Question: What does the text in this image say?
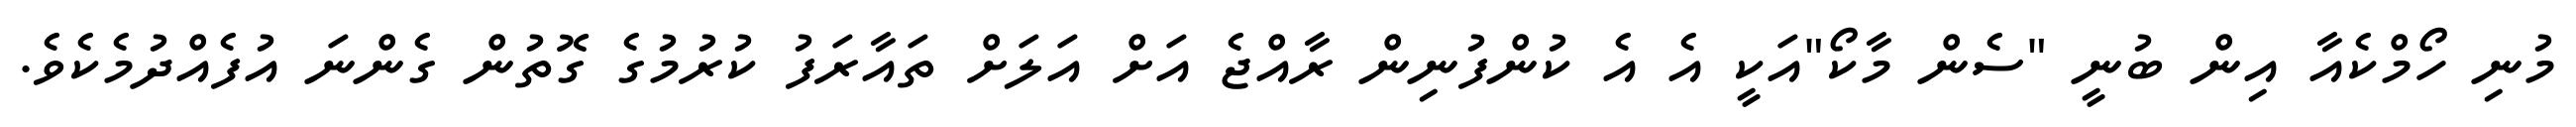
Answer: މުނި ހޯމްކެއާ އިން ބުނީ "ސެން މާކޯ"އަކީ އެ އެ ކުންފުނިން ރާއްޖެ އަށް އަލަށް ތައާރަފު ކުރުމުގެ ގޮތުން ގެންނަ އުފެއްދުމެކެވެ.